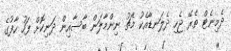
ދެމިނެޓް ތެރޭ ޖެހި ދެލަނޑާއެކު މެޗު ނިންމާލަން ބާސާއިން ދަނިކޮށް ފަހު ހާފުގެ